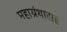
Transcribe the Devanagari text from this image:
महाग्रंथासह